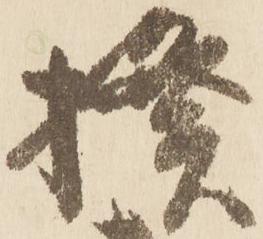
揆